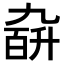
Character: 𪜙